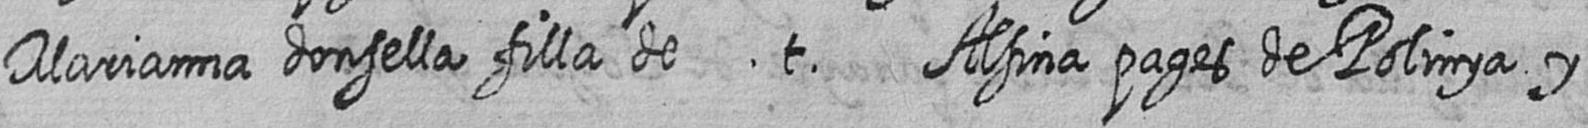
Marianna donsella filla de t Alsina pages de Polinya y